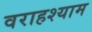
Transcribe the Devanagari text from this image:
वराहश्याम